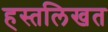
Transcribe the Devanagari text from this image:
हस्तलिखत